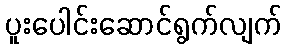
ပူးပေါင်းဆောင်ရွက်လျက်